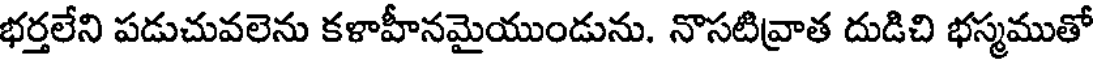
భర్తలేని పడుచువలెను కళాహీనమైయుండును. నొసటివ్రాత దుడిచి భస్మముతో